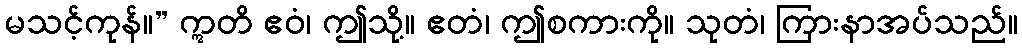
မသင့်ကုန်။” ဣတိ ဧဝံ၊ ဤသို့။ ဧတံ၊ ဤစကားကို။ သုတံ၊ ကြားနာအပ်သည်။